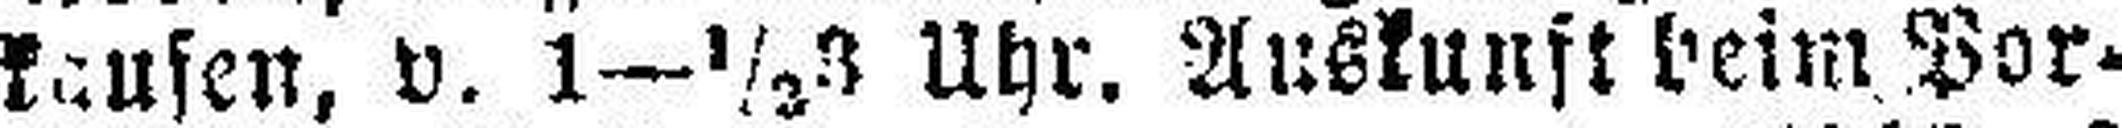
kaufen, v. 1—½ 3 Uhr, Auskunft beim Por¬